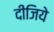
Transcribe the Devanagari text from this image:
दीजिये